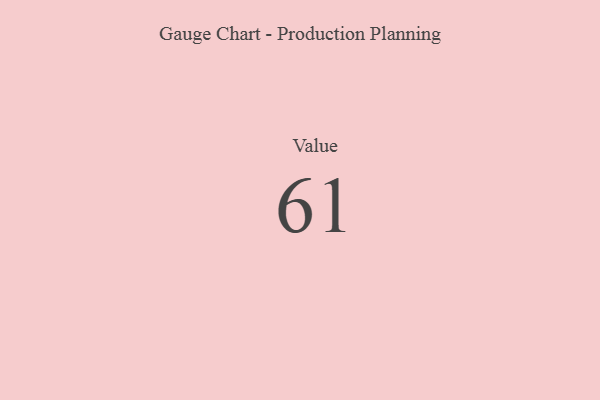
{"axis": {"x": "Metric", "y": "Value"}, "legend": [""], "data": [{"x": "Value", "y": 61, "type": ""}]}